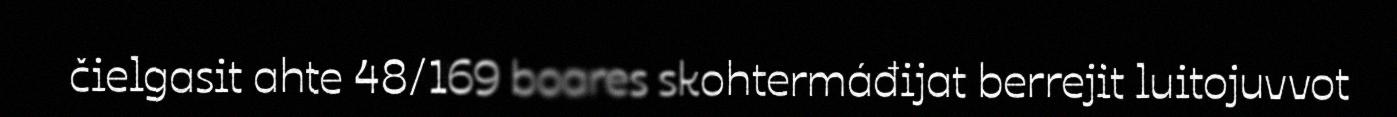
čielgasit ahte 48/169 boares skohtermáđijat berrejit luitojuvvot